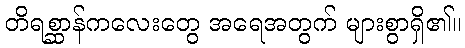
တိရစ္ဆာန်ကလေးတွေ အရေအတွက် များစွာရှိ၏။